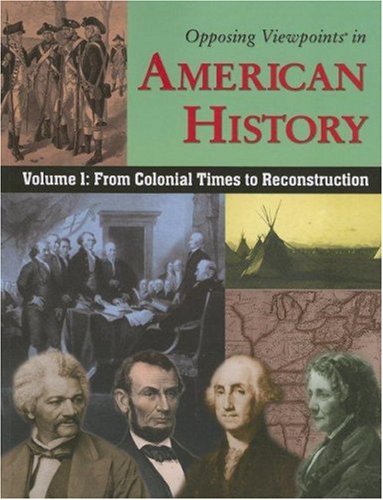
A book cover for Opposing Viewpoints in American History: From Colonial Time to Reconstruction; William Dudley; Teen & Young Adult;